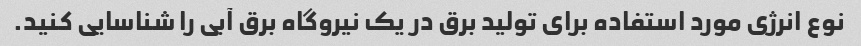
نوع انرژی مورد استفاده برای تولید برق در یک نیروگاه برق آبی را شناسایی کنید.